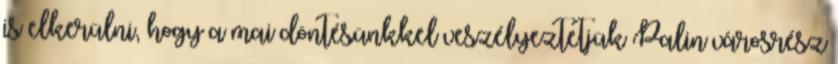
is elkerülni, hogy a mai döntésünkkel veszélyeztetjük Palin városrész